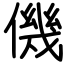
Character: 僟